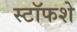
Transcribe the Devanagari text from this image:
स्टॉफशे